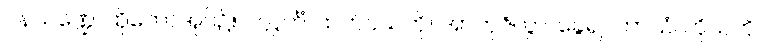
ဝနသဏ္ဍေ၊ ထိုတောအုပ်၌။ ပလ္လင်္ကံ၊ ထက်ဝယ်ကို။ အာဘုဇိတွာ၊ ခွေ၍။ ကာယံ၊ ကိုယ်ကို။